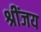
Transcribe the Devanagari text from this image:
श्रींजय